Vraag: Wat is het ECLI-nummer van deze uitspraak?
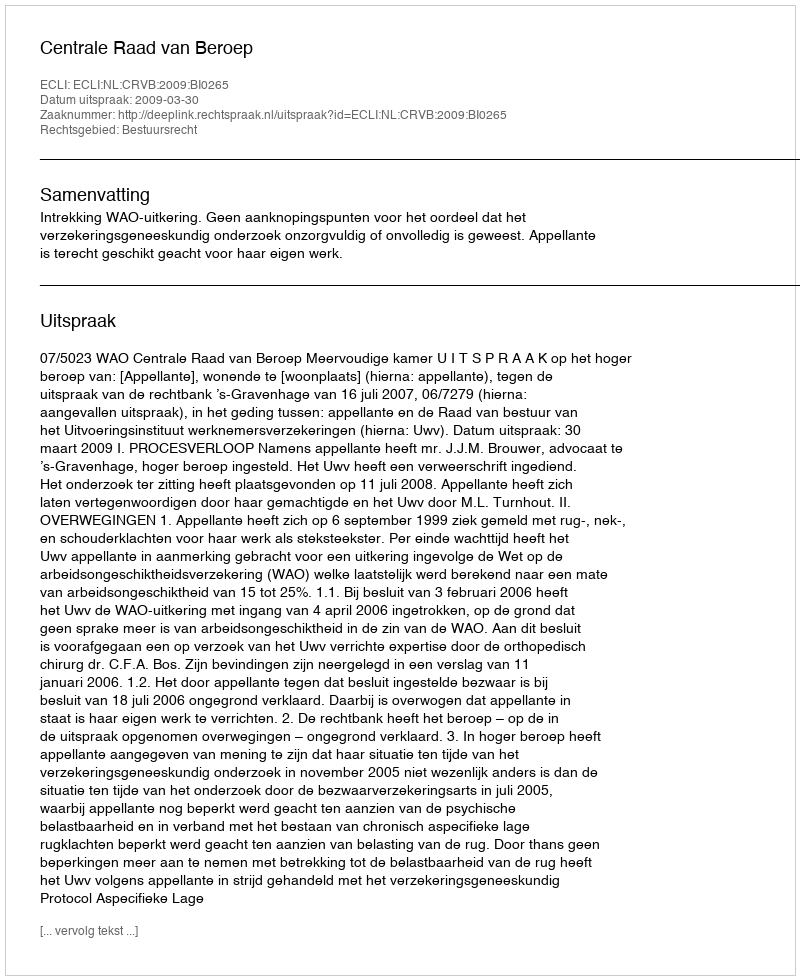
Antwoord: ECLI:NL:CRVB:2009:BI0265